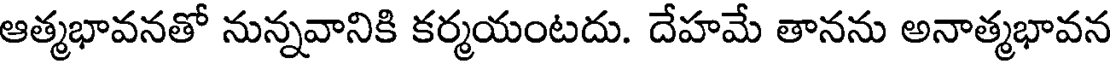
ఆత్మభావనతో నున్నవానికి కర్మయంటదు. దేహమే తానను అనాత్మభావన